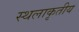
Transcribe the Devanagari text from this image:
स्थलाकृतीय